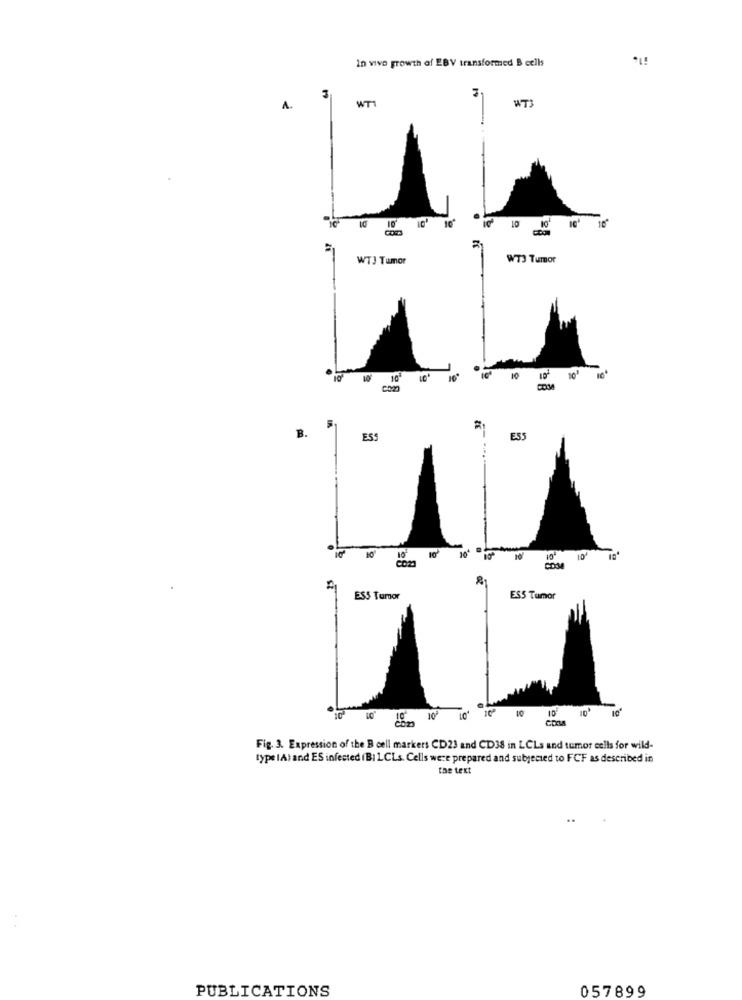
In vivo growth of EBV transformed B cells
3
WT1
A.
W73
1 10 10
WTJ Tumor
WT3 Tumor
10
10'
10
10
B.
ESS
E55
10'
com
10 10 10
10'
ESS Tumor
ES5 Tumor
10
10
10' 10
Fig. 3. Expression of the B cell markers CD23 and CD38 in LCLs and tumor cells for wild-
type IA) and ES infected (BI LCLs. Cells were prepared and subjected to FCF as described in
the text
PUBLICATIONS
057899